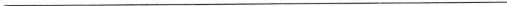
___